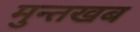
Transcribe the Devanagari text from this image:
मुन्तखब